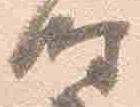
時